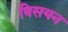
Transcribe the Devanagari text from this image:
विसयन